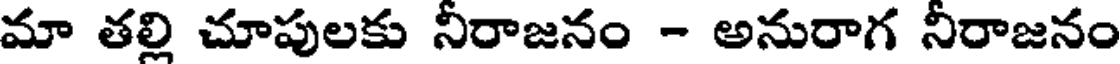
మా తల్లి చూపులకు నీరాజనం - అనురాగ నీరాజనం